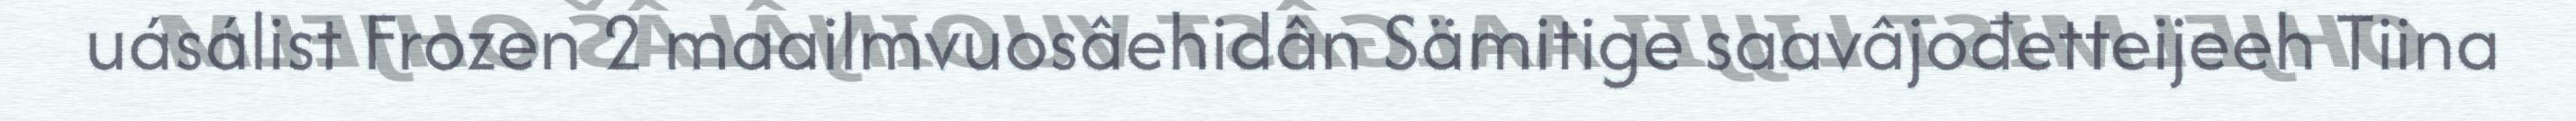
uásálist Frozen 2 maailmvuosâehidân Sämitige saavâjođetteijeeh Tiina